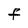
Character: f